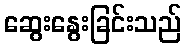
ဆွေးနွေးခြင်းသည်